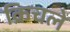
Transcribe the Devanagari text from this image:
क्रिचले